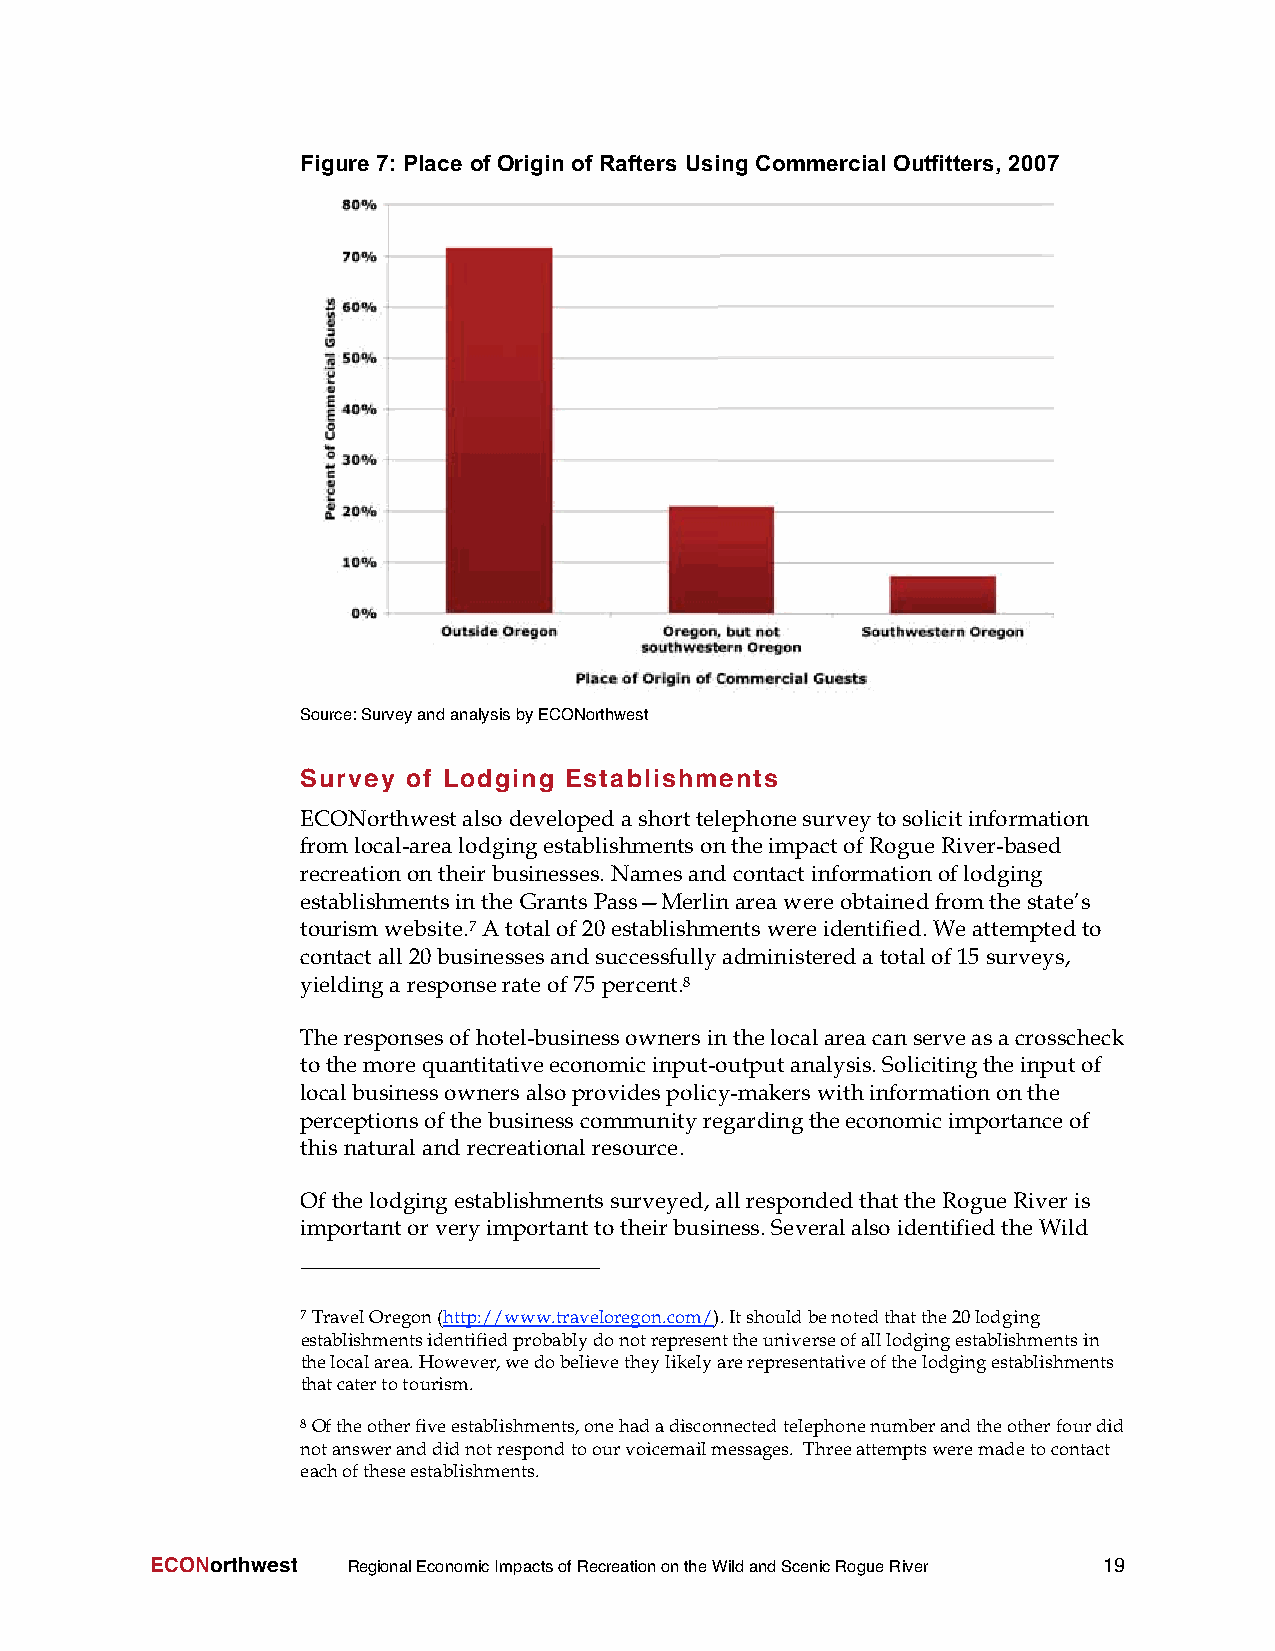
Figure 7: Place of Origin of Rafters Using Commercial Outfitters, 2007
 Source:SurveyandanalysisbyECONorthwest
 Survey of Lodging Establishments
 ECONorthwestalsodevelopedashorttelephonesurveytosolicitinformation
 fromlocal-arealodgingestablishmentsontheimpactofRogueRiver-based
 recreationontheirbusinesses. Namesandcontact informationoflodging
 establishmentsinthe GrantsPass—Merlinareawereobtainedfromthestate’s
 tourismwebsite.7Atotalof20establishmentswereidentified.Weattemptedto
 contactall20businessesandsuccessfullyadministereda totalof15 surveys,
 yieldinga responserateof75 percent.8
 Theresponsesof hotel-businessownersinthelocalareacanserveasa crosscheck
 tothemorequantitativeeconomicinput-outputanalysis.Solicitingtheinputof
 localbusinessownersalsoprovidespolicy-makerswithinformationonthe
 perceptionsofthebusinesscommunityregardingtheeconomicimportanceof
 this naturalandrecreationalresource.
 Ofthelodgingestablishmentssurveyed,allrespondedthattheRogueRiveris
 importantorveryimportanttotheirbusiness.SeveralalsoidentifiedtheWild
 7TravelOregon(http://www.traveloregon.com/).Itshouldbenotedthatthe20lodging
 establishmentsidentifiedprobablydonotrepresenttheuniverseofalllodgingestablishmentsin
 thelocalarea.However,wedobelievetheylikelyarerepresentativeofthelodgingestablishments
 thatcatertotourism.
 8Oftheotherfiveestablishments,onehadadisconnectedtelephonenumberandtheotherfourdid
 notansweranddidnotrespondtoourvoicemailmessages. Threeattemptsweremadetocontact
 eachoftheseestablishments.
 ECONorthwest RegionalEconomicImpactsofRecreationontheWildandScenicRogueRiver 19